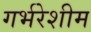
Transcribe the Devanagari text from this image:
गर्भरेशीम